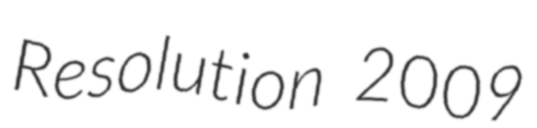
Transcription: Resolution 2009